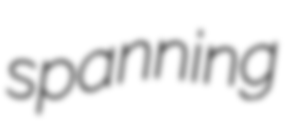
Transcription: spanning